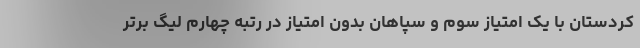
کردستان با یک امتیاز سوم و سپاهان بدون امتیاز در رتبه چهارم لیگ برتر